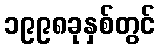
၁၉၉၈ခုနှစ်တွင်